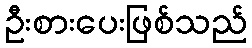
ဦးစားပေးဖြစ်သည်